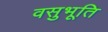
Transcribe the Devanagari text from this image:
वसुभूति